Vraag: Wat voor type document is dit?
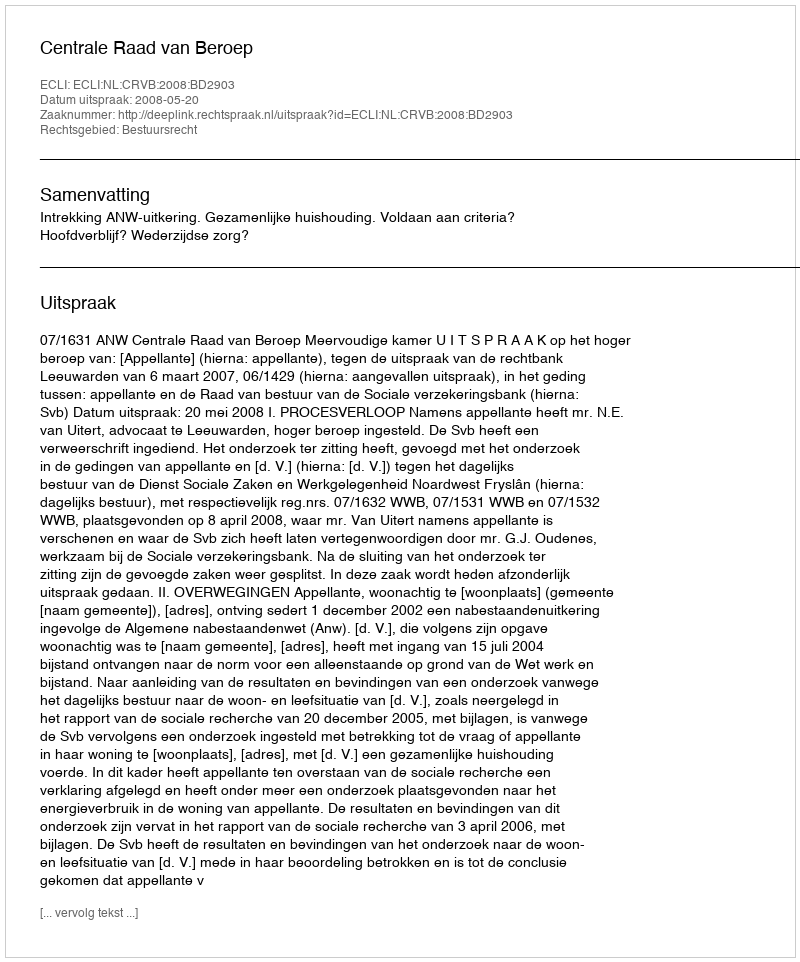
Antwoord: Uitspraak